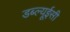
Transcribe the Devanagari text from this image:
डब्ल्यूईसी